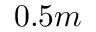
0 . 5 m